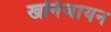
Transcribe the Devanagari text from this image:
खनिजायन